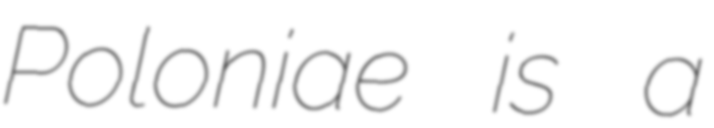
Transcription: Poloniae is a